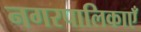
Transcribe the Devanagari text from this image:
नगरपालिकाएँ